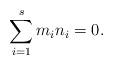
LaTeX: \begin{align*} \sum_{i = 1}^s m_i n_i = 0.\end{align*}